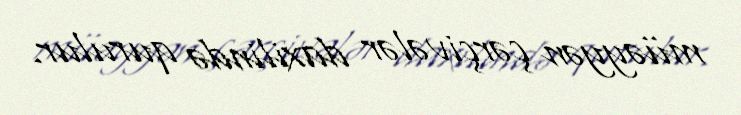
müəyyən çərçivələr daxilində qurulur.